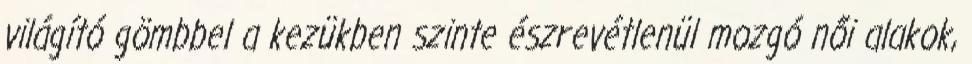
világító gömbbel a kezükben szinte észrevétlenül mozgó női alakok,